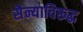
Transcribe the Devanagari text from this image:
सैन्याविरूद्ध